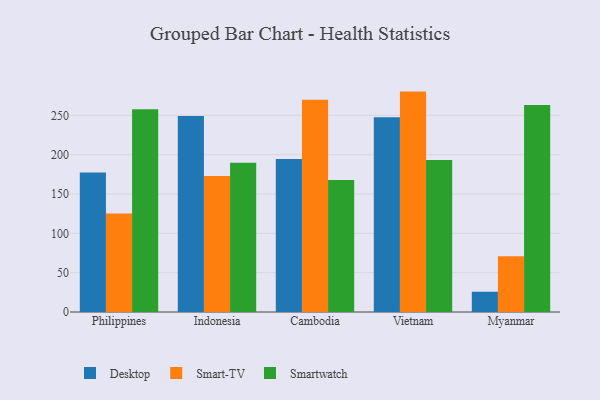
{"axis": {"x": "Country", "y": "Waste Production (Tons)"}, "legend": ["Desktop", "Smart-TV", "Smartwatch"], "data": [{"x": "Philippines", "y": 177.4, "type": "Desktop"}, {"x": "Philippines", "y": 125.2, "type": "Smart-TV"}, {"x": "Philippines", "y": 257.9, "type": "Smartwatch"}, {"x": "Indonesia", "y": 249.2, "type": "Desktop"}, {"x": "Indonesia", "y": 172.8, "type": "Smart-TV"}, {"x": "Indonesia", "y": 189.6, "type": "Smartwatch"}, {"x": "Cambodia", "y": 194.4, "type": "Desktop"}, {"x": "Cambodia", "y": 269.8, "type": "Smart-TV"}, {"x": "Cambodia", "y": 167.7, "type": "Smartwatch"}, {"x": "Vietnam", "y": 247.5, "type": "Desktop"}, {"x": "Vietnam", "y": 280.2, "type": "Smart-TV"}, {"x": "Vietnam", "y": 193.1, "type": "Smartwatch"}, {"x": "Myanmar", "y": 25.8, "type": "Desktop"}, {"x": "Myanmar", "y": 70.8, "type": "Smart-TV"}, {"x": "Myanmar", "y": 263.2, "type": "Smartwatch"}]}